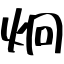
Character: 炯